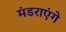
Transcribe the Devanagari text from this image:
मंडराएंगे